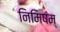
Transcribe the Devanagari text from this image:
निमिषम्